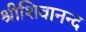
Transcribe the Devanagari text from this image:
श्रीशिवानन्द